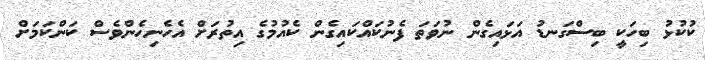
ކުކުޅު ބިހަކީ ބިސްގަނޑު އަޅައިގެން ނުވަތަ ފެނުކައްކައިގެން ކެއުމުގެ އިތުރަށް އެހެނިހެންވެސް ކަންކަމަށް